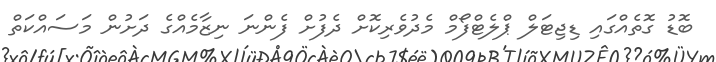
ބޮޑު ގޮތެއްގައި ޑިޖިޓަލް ޕްލެޓްފޯމް މެދުވެރިކޮށް ދެފުށް ފެންނަ ނިޒާމެއްގެ ދަށުން މަސައްކަތް